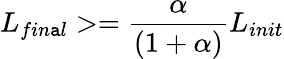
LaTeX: L_{fin\mathtt{a}l}>=\frac{{\alpha}}{{(1+\alpha)}}L_{init}